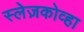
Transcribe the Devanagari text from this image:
स्लेज़कोव्हा